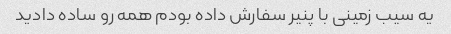
یه سیب زمینی با پنیر سفارش داده بودم همه رو ساده دادید